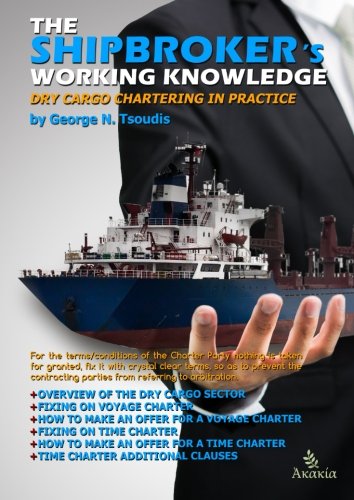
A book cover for The Shipbroker's Working Knowledge: Dry Cargo Chartering in Practice; George N Tsoudis; Law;